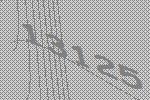
13125